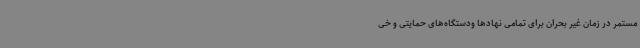
مستمر در زمان غیر بحران برای تمامی نهادها ودستگاه‌های حمایتی و خی